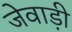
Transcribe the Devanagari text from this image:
जेवाड़ी